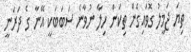
ތިޔަ ޖަމީލު ގޮވައިގެން ތިކަން ހިލާ ނުވާނެ ސަބަބަކީ އޭނާ ގެ ދަރަނީ